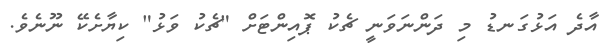
އާދެ އަޅުގަނޑު މި ދަންނަވަނީ ޗެކު ޕޮއިންޓަށް "ޗެކު ވަޅު" ކިޔާށެކޭ ނޫނެވެ.